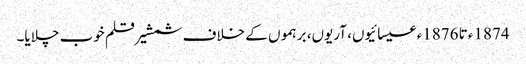
1874ء تا 1876ء عیسائیوں، آریوں، برہموں کے خلاف شمشیر قلم خوب چلایا۔